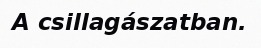
A csillagászatban.